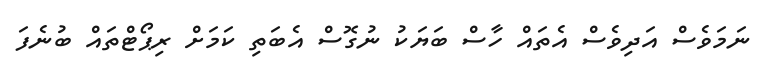
ނަމަވެސް އަދިވެސް އެތައް ހާސް ބަޔަކު ނުގޮސް އެބަތި ކަމަށް ރިޕޯޓްތައް ބުނެފަ